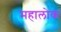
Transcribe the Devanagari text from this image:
महालोक